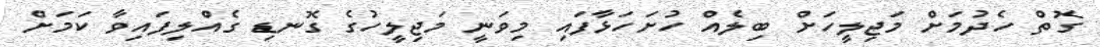
ގޮތް ހެދުމަށް މަޖިލީހަށް ބިލެއް ހުށަހަޅާފައި މިވަނީ މަޖިލީހުގެ ގޮނޑި ގެއްލިފައިވާ ކަމަށް